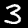
Label: 3